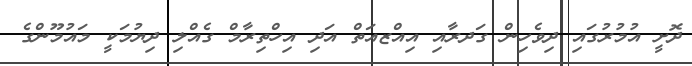
ދޮށީ އުމުރުގައި ދިވެހިން ގަދރާއި އިއްޒއަތް އަދި އިހްތިރާމް ގެއްލި ދިޔުމަކީ މައުމޫންގެ